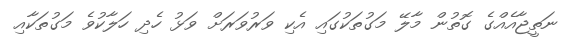
ނަތީޖާއެއްގެ ގޮތުން މާލޭ މަގުތަކުގައި އެކި ވަރުވަރަށް ވަޅު ހެދި ހަލާކުވެ މަގުތަކާއި